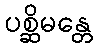
ပစ္ဆိမန္တေ